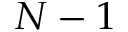
N - 1